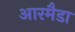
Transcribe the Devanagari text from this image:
आरमैडा